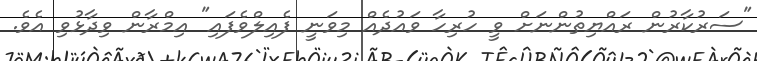
"ސަރުކާރުން ރައްޔިތުންނަށް ވީ ހުރިހާ ވައުދެއް މިވަނީ ފެއިލްވެފައި" އިމްރާން ވިދާޅުވި އެވެ.